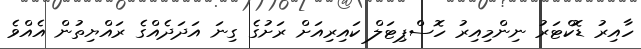
ހާއިރު ޑޮކްޓަރު ނިންމިއިރު ހޮސްޕިޓަލް ކައިރިއަށް ރަށުގެ ގިނަ އަދަދެއްގެ ރައްޔިތުން އެއްވެ